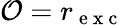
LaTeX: \mathcal{O}=r_{\mathrm{~e~x~c~}}